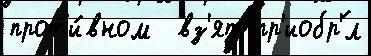
прот'и́вном  вз'ят пр'иобр'́л